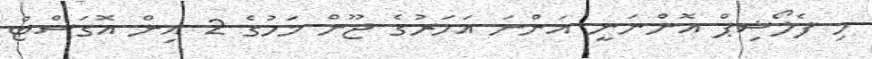
މި ފެލޯޝިޕް އޮންނަނީ އަންނަ އަހަރުގެ ޖޫން މަހުގެ 2 އިން އޮގަސްޓް